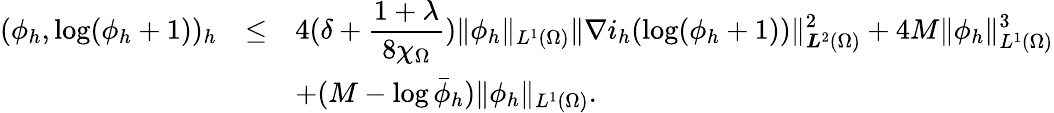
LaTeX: \begin{array}{rcl}{(\phi_{h},\log(\phi_{h}+1))_{h}}&{\le}&{\displaystyle 4(\delta+\frac{1+\lambda}{8\chi_{\Omega}})\| \phi_{h}\| _{L^{1}(\Omega)}\| \nabla i_{h}(\log(\phi_{h}+1))\| _{{\boldsymbol L}^{2}(\Omega)}^{2}+4M\| \phi_{h}\| _{L^{1}(\Omega)}^{3}}\\ &&{\displaystyle+(M-\log\bar{\phi}_{h})\| \phi_{h}\| _{L^{1}(\Omega)}.}\end{array}